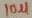
Text: 10µ